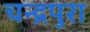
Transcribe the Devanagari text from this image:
चन्द्रपुरा